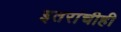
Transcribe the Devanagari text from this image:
इतरांचीही